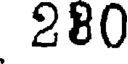
280